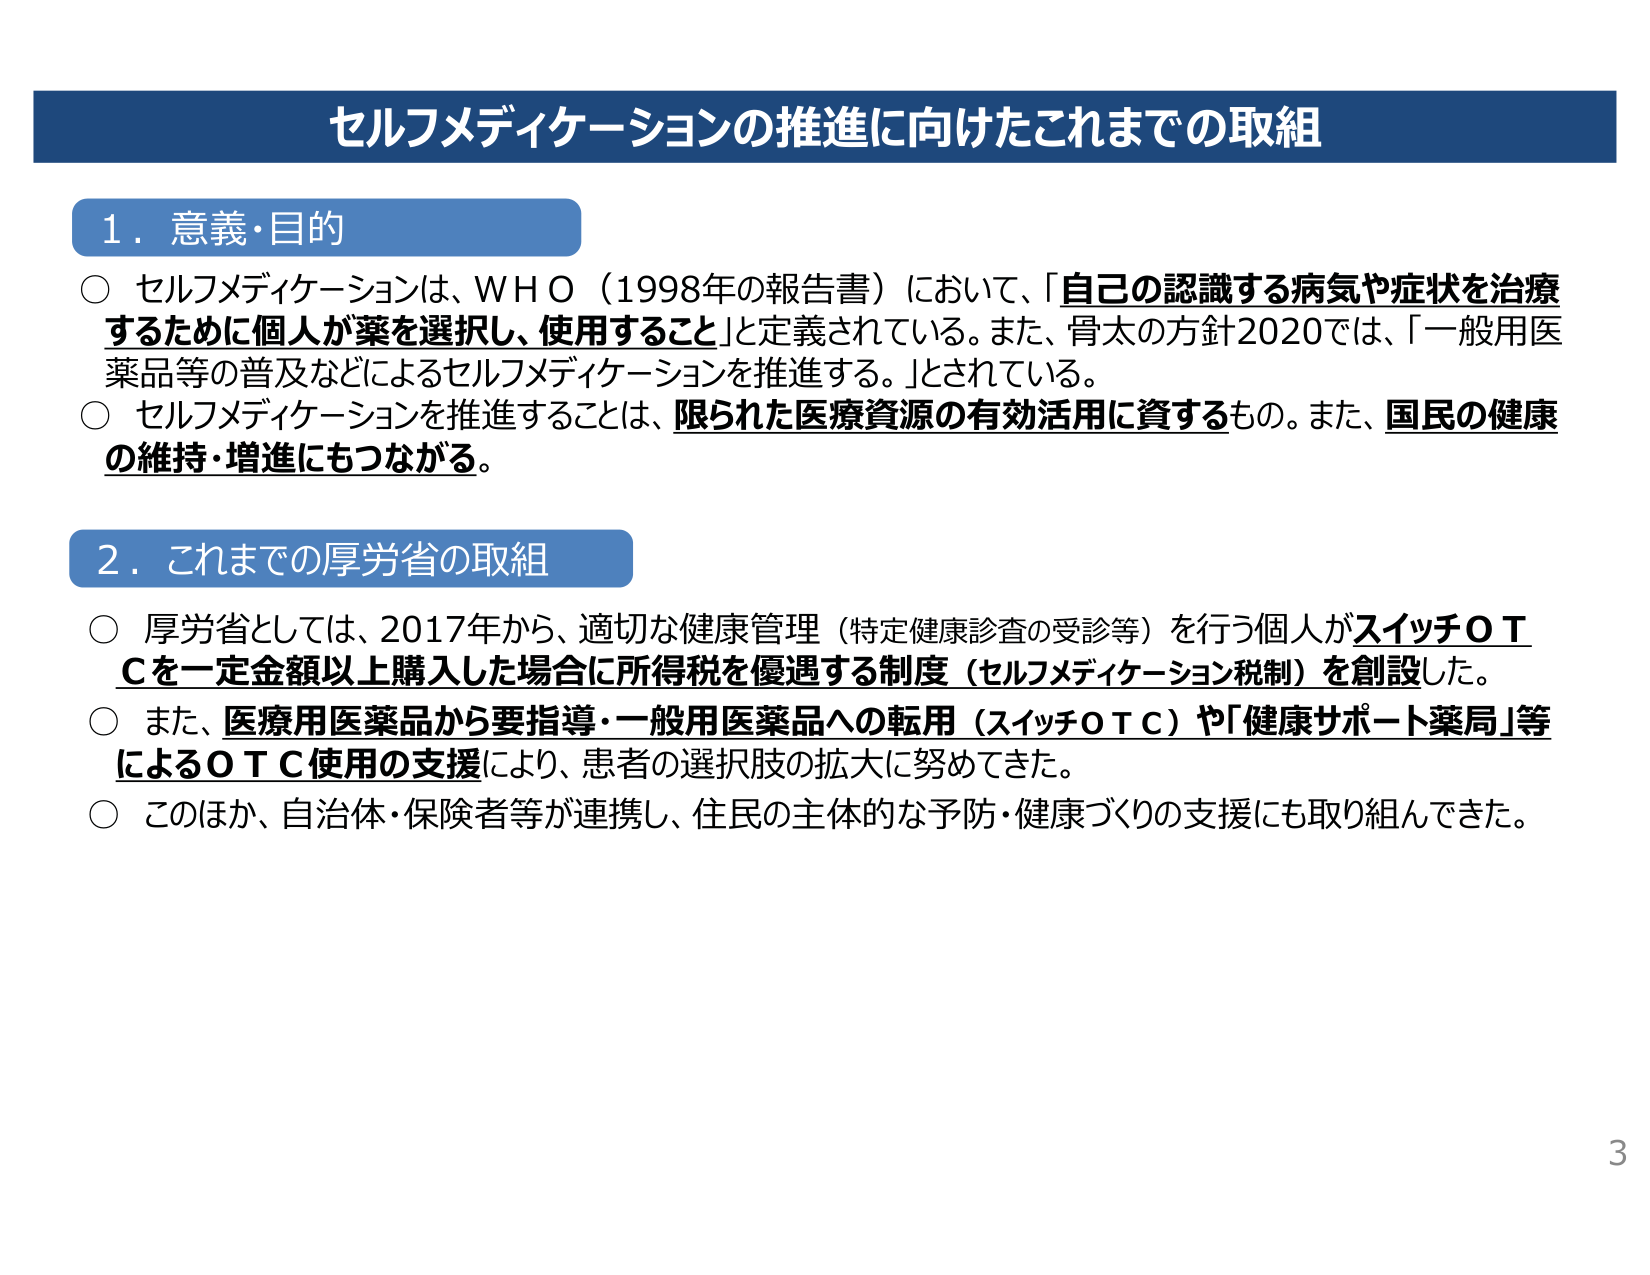
セルフメディケーションの推進に向けたこれまでの取組

１．意義・目的
○ セルフメディケーションは、ＷＨＯ（1998年の報告書）において、「自己の認識する病気や症状を治療するために個人が薬を選択し、使用すること」と定義されている。また、骨太の方針2020では、「一般用医薬品等の普及などによるセルフメディケーションを推進する。」とされている。
○ セルフメディケーションを推進することは、限られた医療資源の有効活用に資するもの。また、国民の健康の維持・増進にもつながる。

２．これまでの厚労省の取組
○ 厚労省としては、2017年から、適切な健康管理（特定健康診査の受診等）を行う個人がスイッチＯＴＣを一定金額以上購入した場合に所得税を優遇する制度（セルフメディケーション税制）を創設した。
○ また、医療用医薬品から要指導・一般用医薬品への転用（スイッチＯＴＣ）や「健康サポート薬局」等によるＯＴＣ使用の支援により、患者の選択肢の拡大に努めてきた。
○ このほか、自治体・保険者等が連携し、住民の主体的な予防・健康づくりの支援にも取り組んできた。

3